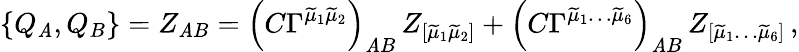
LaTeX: \{ Q_{\mathit{A}},Q_{B}\} =Z_{\mathit{A}B}=\left(C\Gamma^{\widetilde{{\mu}}_{1}\widetilde{{\mu}}_{2}}\right)_{\mathit{A}B}\, Z_{[\widetilde{{\mu}}_{1}\widetilde{{\mu}}_{2}]}+\left(C\Gamma^{\widetilde{{\mu}}_{1}\ldots\widetilde{{\mu}}_{6}}\right)_{\mathit{A}B}\, Z_{[\widetilde{{\mu}}_{1}\ldots\widetilde{{\mu}}_{6}]}\, ,